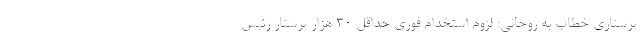
پرستاری خطاب به روحانی: لزوم استخدام فوری حداقل ۳۰ هزار پرستار رئیس